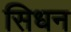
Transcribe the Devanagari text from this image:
सिधन